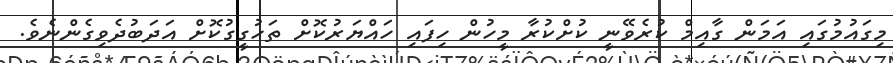
މިގައުމުގައި އަމަން ގާއިމް ކުރެވޭނީ ކުށްކުރާ މީހުން ހިފައި ހައްޔަރުކޮށް ތަހުގީގުކޮށް އަދަބުދެވިގެންނެވެ.